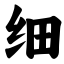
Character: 细